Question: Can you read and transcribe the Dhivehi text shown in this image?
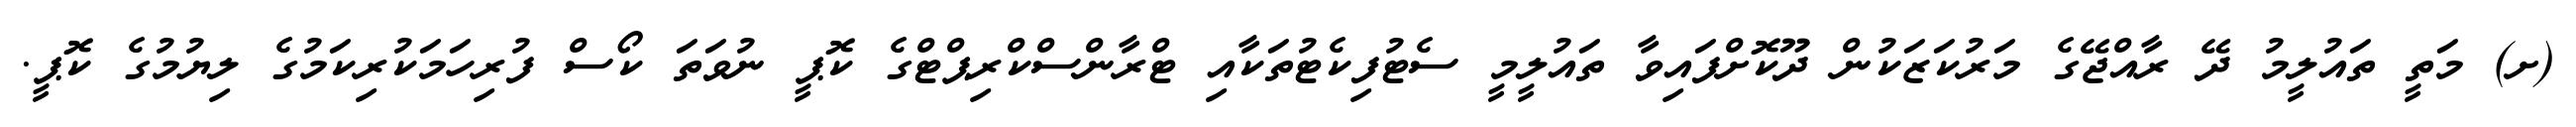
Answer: (ށ) މަތީ ތައުލީމު ދޭ ރާއްޖޭގެ މަރުކަޒަކުން ދޫކޮށްފައިވާ ތައުލީމީ ސެޓުފިކެޓުތަކާއި ޓްރާންސްކްރިޕްޓްގެ ކޮޕީ ނުވަތަ ކޯސް ފުރިހަމަކުރިކަމުގެ ލިޔުމުގެ ކޮޕީ.